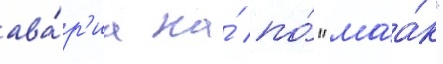
ава́р'иа на́ по́ "маа́к"